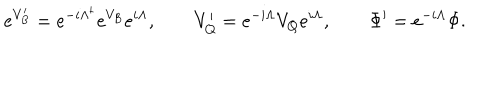
e ^ { V _ { B } ^ { \prime } } = e ^ { - i \Lambda ^ { \dagger } } e ^ { V _ { B } } e ^ { i \Lambda } , \qquad V _ { Q } ^ { \prime } = e ^ { - i \Lambda } V _ { Q } e ^ { i \Lambda } , \qquad \Phi ^ { \prime } = e ^ { - i \Lambda } \Phi .